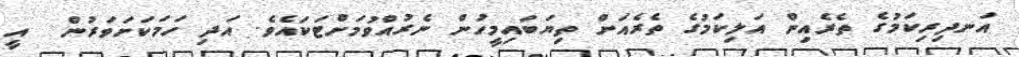
އަނދިރިކަމުގެ ތެރެއިން އަލިކަމުގެ ތެރެއަށް ތިޔަބައިމީހުން ނެރުއްވުމަށްޓަކައެވެ. އަދި ހަމަކަށަވަރުން  އީ